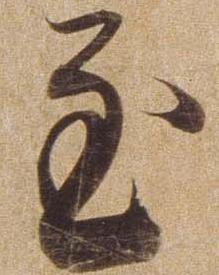
至